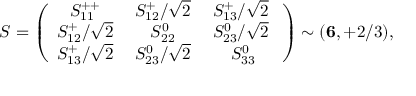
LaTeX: S = \left( \begin{array} { c c c } { { S _ { 1 1 } ^ { + + } \; } } & { { S _ { 1 2 } ^ { + } / \sqrt 2 \; } } & { { S _ { 1 3 } ^ { + } / \sqrt 2 \; } } \\ { { S _ { 1 2 } ^ { + } / \sqrt 2 \; } } & { { S _ { 2 2 } ^ { 0 } \; } } & { { S _ { 2 3 } ^ { 0 } / \sqrt 2 \; } } \\ { { S _ { 1 3 } ^ { + } / \sqrt 2 \; } } & { { S _ { 2 3 } ^ { 0 } / \sqrt 2 \; } } & { { S _ { 3 3 } ^ { 0 } } } \end{array} \right) \sim ( { \bf 6 } , + 2 / 3 ) ,